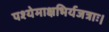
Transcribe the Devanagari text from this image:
पश्येमाक्षभिर्यजत्राः।